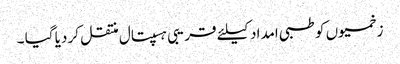
زخمیوں کو طبی امداد کیلئے قریبی ہسپتال منتقل کر دیا گیا ۔